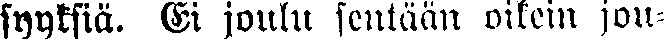
syyksiä. Ei joulu sentään oikein jou-